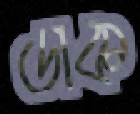
ডাক